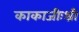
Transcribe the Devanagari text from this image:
काकाजीःश्री